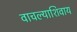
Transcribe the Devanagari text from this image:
वाचल्याशिवाय